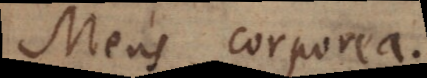
Mens corporea.